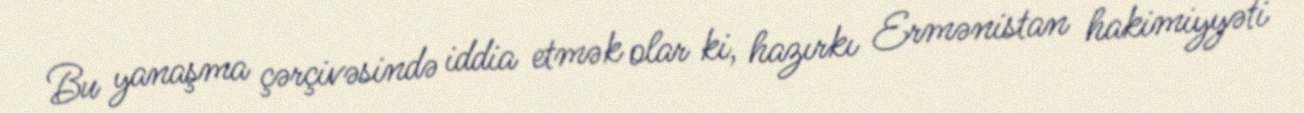
Bu yanaşma çərçivəsində iddia etmək olar ki, hazırkı Ermənistan hakimiyyəti